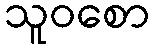
သူဝစော